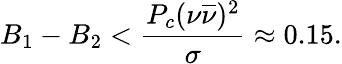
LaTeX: B_{1}-B_{2}<\frac{P_{c}(\nu\overline{{{\nu}}})^{2}}{\sigma}\approx 0.15.